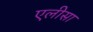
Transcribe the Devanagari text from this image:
एलीसा